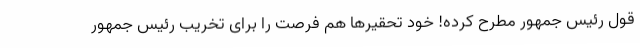
قول رئیس جمهور مطرح کرده! خود تحقیرها هم فرصت را برای تخریب رئیس جمهور